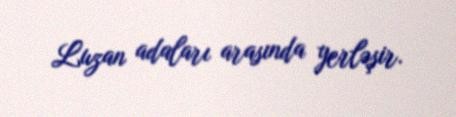
Luzan adaları arasında yerləşir.